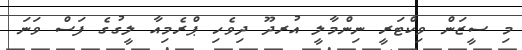
މި ސީޒަން ވިކްޓަރީ ނިންމާލީ އުރދޫ ދިވެހި ޕްރެމިއާ ލީގުގެ ފަސް ވަނަ